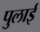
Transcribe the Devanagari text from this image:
पुलाई